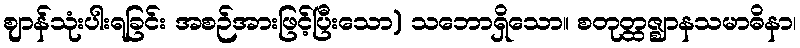
ဈာန်သုံးပါးရခြင်း အစဉ်အားဖြင့်ပြီးသော) သဘောရှိသော။ စတုတ္ထဇ္ဈာနသမာဓိနာ၊